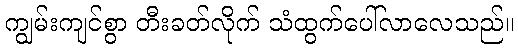
ကျွမ်းကျင်စွာ တီးခတ်လိုက် သံထွက်ပေါ်လာလေသည်။